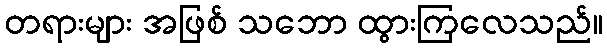
တရားများ အဖြစ် သဘော ထွားကြလေသည်။